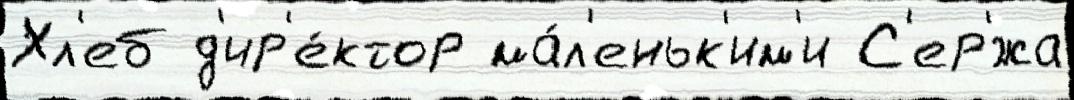
Хл'еб д'ир'е́ктор ма́л'еньк'им'и С'ер'́жа